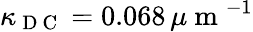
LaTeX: \kappa_{\mathrm{~D~C~}}=0.068\, \mu\mathrm{~m~}^{-1}